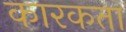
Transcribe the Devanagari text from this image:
कारकता